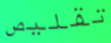
تقليص